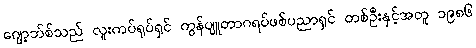
ဂျော့ဘ်စ်သည် လူးကပ်ရုပ်ရှင် ကွန်ပျူတာဂရပ်ဖစ်ပညာရှင် တစ်ဦးနှင့်အတူ ၁၉၈၆